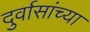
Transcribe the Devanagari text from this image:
दुर्वासांच्या